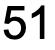
51